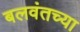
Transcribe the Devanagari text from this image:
बलवंतच्या